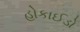
હોકાઈડો